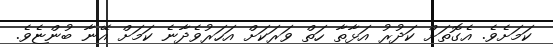
ކަމަށެވެ. އެގޮތަށް ކަދުރު އަޅާތާ ހަތް ވަރަކަށް އަހަރުވެދާނެ ކަމަށް އޭނާ ބުންޏެވެ.